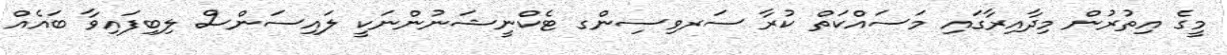
މީގެ އިތުރުން މިދާއިރާގައި މަސައްކަތް ކުރާ ސަރވިސިންގ ޓެކްނީޝަނުންނަކީ ލައިސަންސް ލިބިފައިވާ ބައެއް